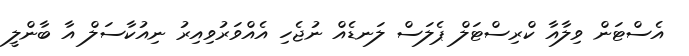
އެސްޓަން ވިލާއާ ކްރިސްޓަލް ޕެލަސް ލަނޑެއް ނުޖެހި އެއްވަރުވިއިރު ނިއުކާސަލް އާ ބާންލީ